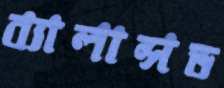
ব্যালান্সড